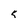
Character: 5